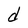
Character: d